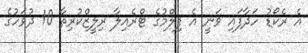
އެ ރެކޯޑު ހަދާފައި ވަނީ އެ ފިލްމުގެ ޓްރެއިލާ ރިލީޒްކުރިތާ 10 ދުވަހުގެ